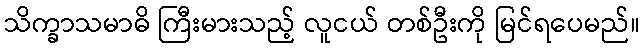
သိက္ခာသမာဓိ ကြီးမားသည့် လူငယ် တစ်ဦးကို မြင်ရပေမည်။